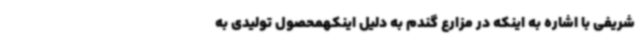
شریفی با اشاره به اینکه در مزارع گندم به دلیل اینکهمحصول تولیدی به